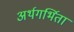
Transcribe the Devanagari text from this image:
अर्थगर्भिता